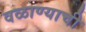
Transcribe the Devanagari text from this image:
वळाण्याची